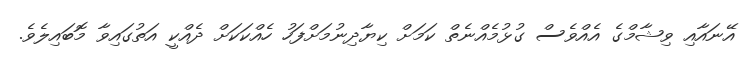
އޭނައާއި ވިޝާމްގެ އެއްވެސް ގުޅުމެއްނެތް ކަމަށް ކިޔާދިނުމަށްފަހު ހެއްކަކަށް ދެއްކީ އަތުގައިވާ މޮބައިލެވެ.